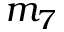
m _ { 7 }